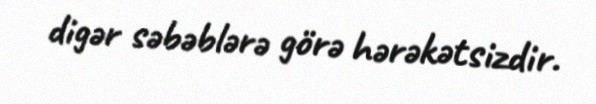
digər səbəblərə görə hərəkətsizdir.